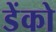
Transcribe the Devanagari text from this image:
डेंको